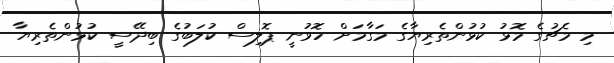
މި މެޗުގެ މޮޅު ކުޅުންތެރިޔާގެ މަގާމަށް ހޮވުނީ ޕޮލިސް ކުލަބުގެ ބިދޭސީ ކުޅުންތެރިޔާ